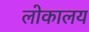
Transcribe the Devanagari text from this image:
लोकालय